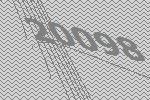
20098